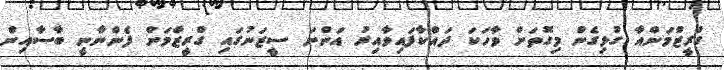
ގްރީޒްމަންއާ ގުޅިގެން މިގޮތަށް ވާހަކަ ދައްކާފައިވާއިރު އަންނަ ސީޒަނުގައި ގްރީޒްމަން ފެންނާނީ ބާސާއިން